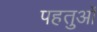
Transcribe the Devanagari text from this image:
पहतुओं